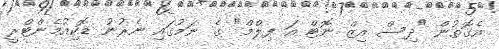
އެގޮތުން "ދިސް އިޒް ނޮޓް އަ ފިލްމް" ގެ ނަމުގައި ނެރުނު ޑޮކިއުމެންޓްރީ